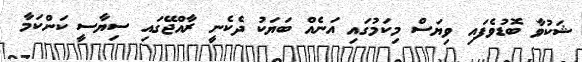
ޝަކުވާ ބޮޑުވެފައި ވިޔަސް މިކަމުގައި އަނެއް ބަޔަކު ދެކެނީ ރާއްޖޭގައި ސިޔާސީ ކަންކަމާ